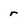
Character: r